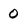
Character: 0